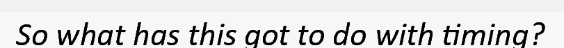
So what has this got to do with timing?